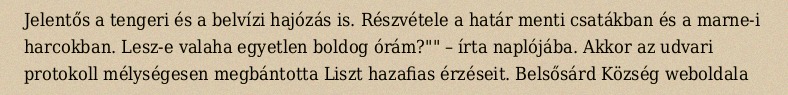
Jelentős a tengeri és a belvízi hajózás is. Részvétele a határ menti csatákban és a marne-i harcokban. Lesz-e valaha egyetlen boldog órám?"" – írta naplójába. Akkor az udvari protokoll mélységesen megbántotta Liszt hazafias érzéseit. Belsősárd Község weboldala